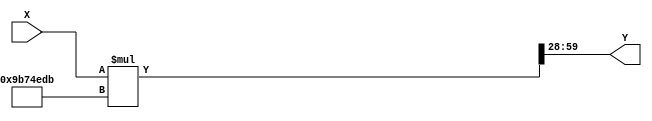
////////////////////////////////////////////////////////////////////////////////
// Description: CORRECTION UNIT FOR CORDIC UNIT.
// Q4.28 fixed-point representation is used. Range: -8 to 7.99999999627471
////////////////////////////////////////////////////////////////////////////////

module correction
#(
parameter N = 32)
(
input signed [N-1:0] X,
output signed [N-1:0] Y
);
parameter signed K = 32'b00001001101101110100111011011011;
wire [2*N-1:0] M;

assign M = X * K;
assign Y = {{M[2*N-5:2*N-8]},{M[2*N-9:2*N-36]}};

endmodule